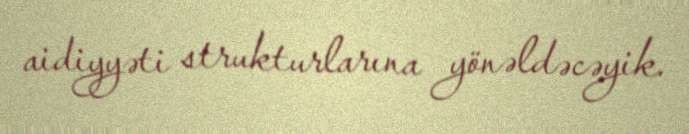
aidiyyəti strukturlarına yönəldəcəyik.